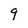
Character: 9